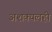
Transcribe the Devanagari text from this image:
अशक्यलही